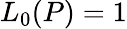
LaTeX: L_{0}(P)=1